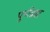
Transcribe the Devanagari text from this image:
पूर्णब्रह्म